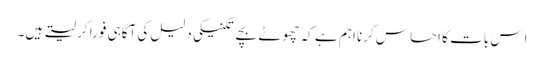
اِس بات کا احساس کرنا اہم ہے کہ چھوٹے بچے تکنیکی دلیل کی آگاہی فوراً کر لیتے ہیں۔